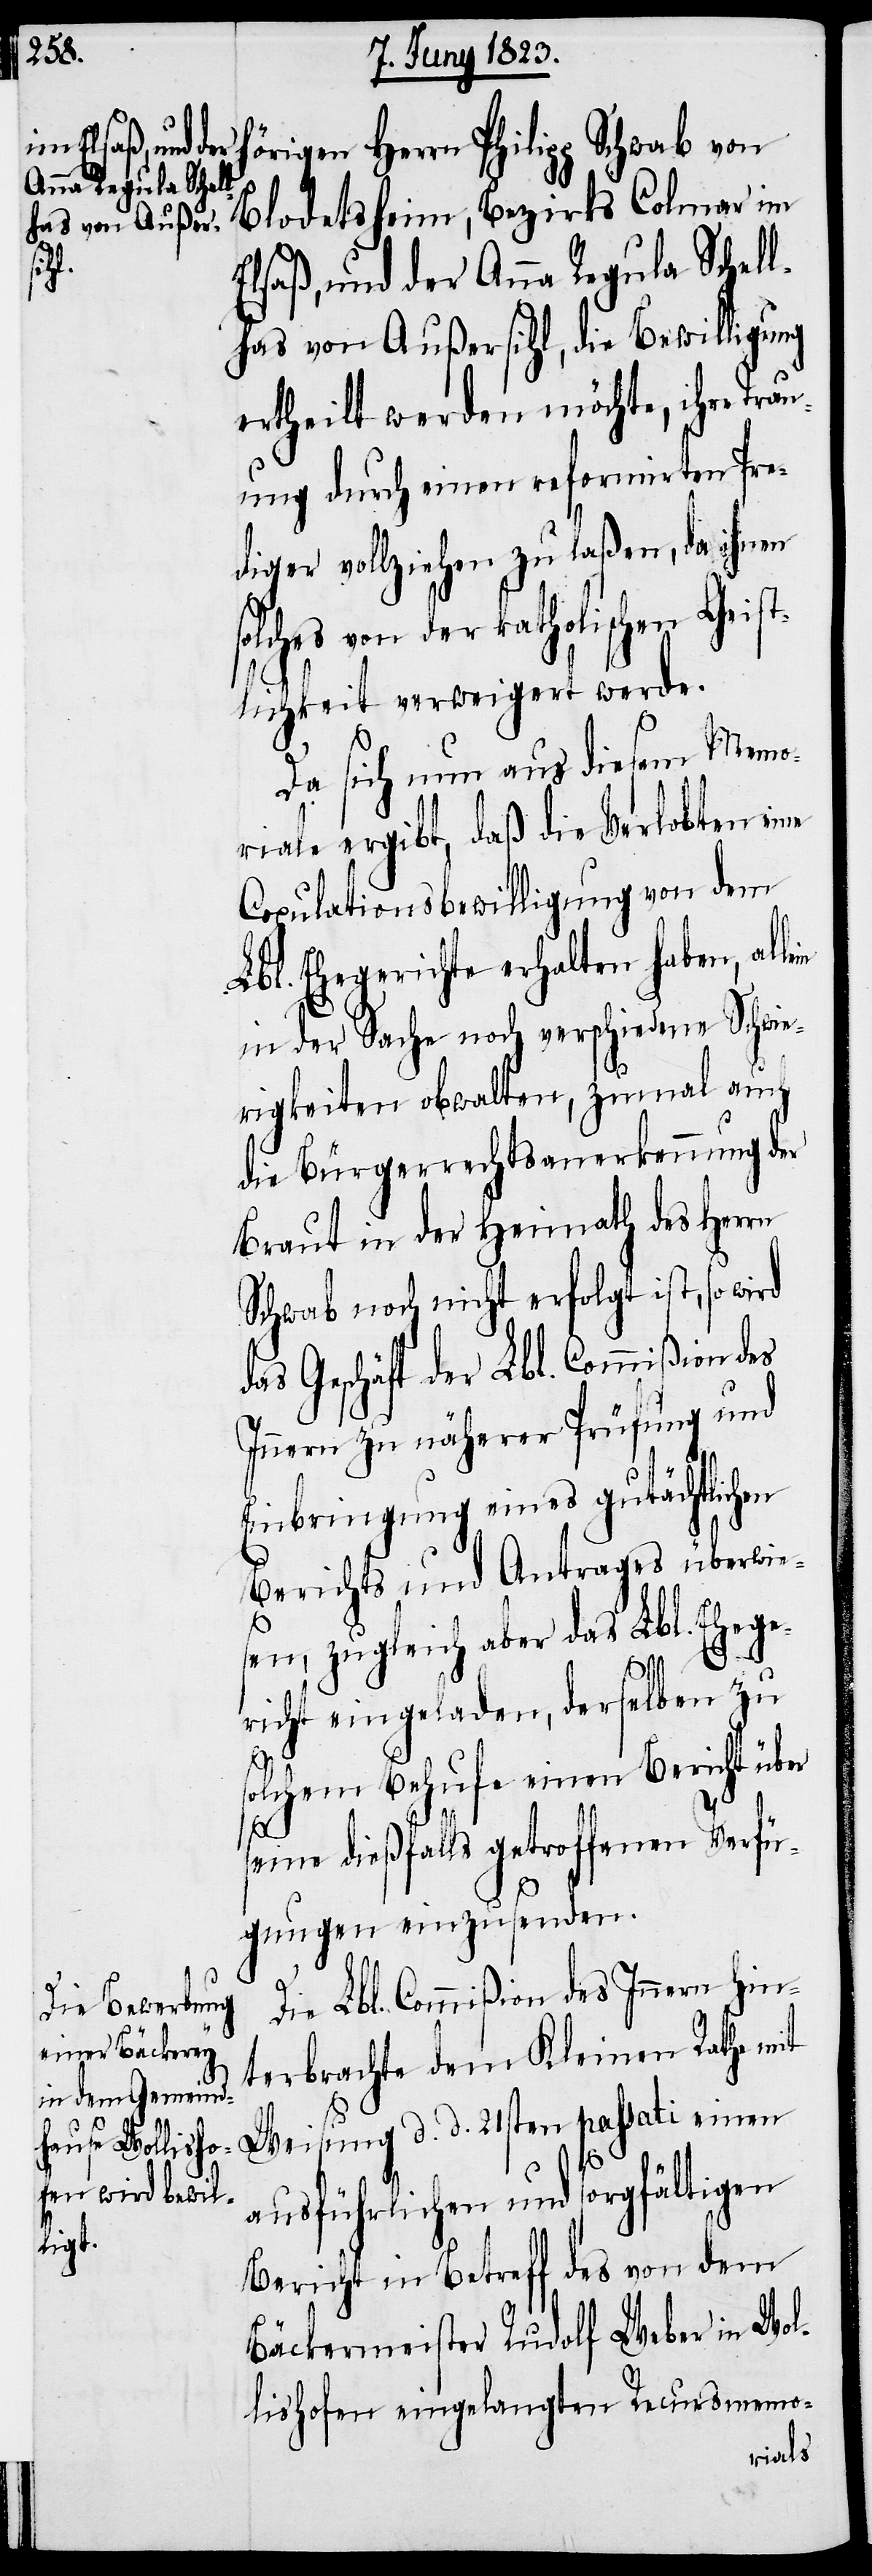
lein
hörigen Herrn Philipp Schwab von
Blodetsheim, Bezirks Colmar im
Elsaß, und der Anna Regula Schell¬
has von Außersihl, die Bewilligung
ertheilt werden möchte, ihre Trau¬
ung durch einen reformirten Pre¬
diger vollziehen zu laßen, da ihnen
olches von der katholischen Geis¬
tlichkeit verweigert werde.
Da sich nun aus diesem Memo¬
riale ergibt, daß die Verlobten eine
Copulationsbewilligung von dem
Lbl. Ehegerichte erhalten haben, al¬
in der Sache noch verschiedene Schwie¬
rigkeiten obwalten, zumal auch
die Bürgerrechtsanerkennung der
Braut in der Heimath des Herrn
Schwab noch nicht erfolgt ist, so wird
das Geschäft der Lbl. Commißion des
Innern zu näherer Prüfung und
Einbringung eines gutächtlichen
Berichts und Antrages überwie¬
sen, zugleich aber das Lbl. Ehege¬
richt eingeladen, derselben zu
solchem Behufe einen Bericht über
seine dießfalls getroffenen Verfü¬
gungen einzusenden.
Die Lbl. Commißion des Innern hin¬
terbrachte dem Kleinen Rathe mit
Weisung d. d. 21sten passati einen
s¬
ausführlichen und sorgfältigen
Bericht in Betreff des von dem
Bäckermeister Rudolf Weber in Wol¬
lishofen eingelangten Recursmemo-